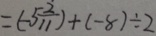
= ( - 5 \frac { 2 } { 1 1 } ) + ( - 8 ) \div 2